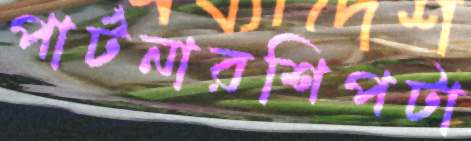
পার্টনারশিপটা